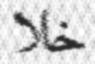
خلا